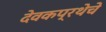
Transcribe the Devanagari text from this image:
देवकप्रथेचे